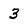
Character: 3